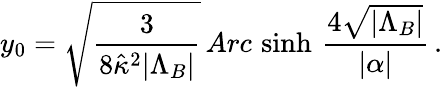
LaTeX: y_{0}=\sqrt{\frac{3}{8\hat{\kappa}^{2}|\Lambda_{B}|}}\, Arc\, \sinh\, \frac{4\sqrt{|\Lambda_{B}|}}{|\alpha|}\, .